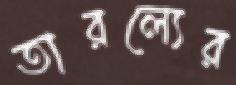
তারল্যের